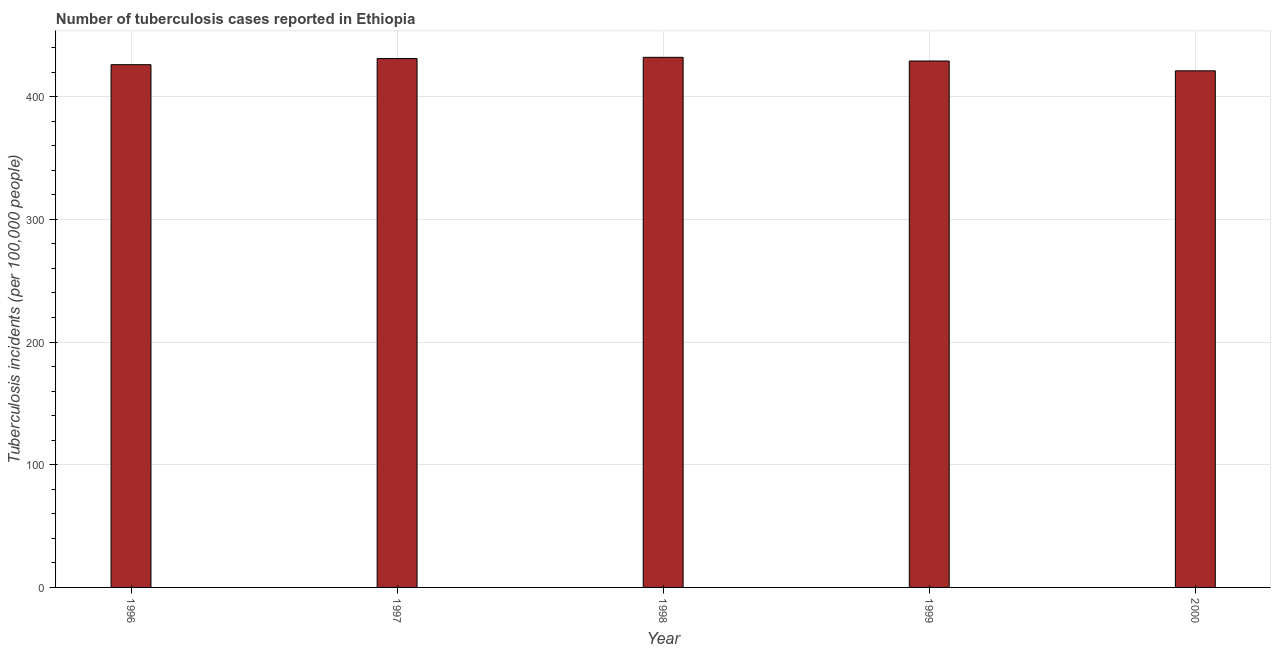
| Year | Incidence of tuberculosis |
 | --- | --- |
 | 1996 | 426 |
 | 1997 | 431 |
 | 1998 | 432 |
 | 1999 | 429 |
 | 2000 | 421 |